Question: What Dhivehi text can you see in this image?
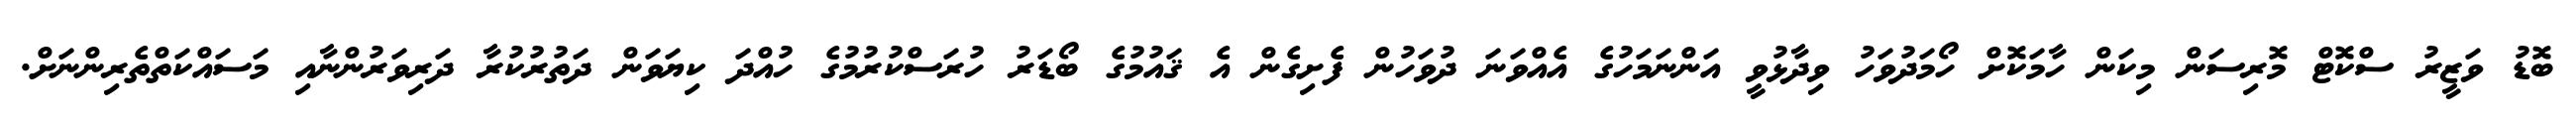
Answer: ބޮޑު ވަޒީރު ސްކޮޓް މޮރިސަން މިކަން ހާމަކޮށް ހޯމަދުވަހު ވިދާޅުވީ އަންނަމަހުގެ އެއްވަނަ ދުވަހުން ފެށިގެން އެ ޤައުމުގެ ބޯޑަރު ހުރަސްކުރުމުގެ ހުއްދަ ކިޔަވަން ދަތުރުކުރާ ދަރިވަރުންނާއި މަސައްކަތްތެރިންނަށް.